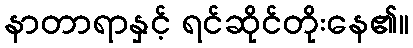
နာတာရာနှင့် ရင်ဆိုင်တိုးနေ၏။